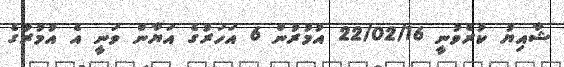
ޝާއިޔު ކުރެވުނީ 22/02/16 އުމުރުން 6 އަހަރުގެ އަޔާން ވަނީ އެ އުމުރުގެ